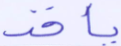
يأخذ